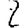
Digit: 2